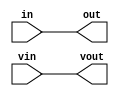
module f19_buffer(in, out, vin, vout);
input  in;
output out;
input [1:0] vin;
output [1:0] vout;
assign out = in;
assign vout = vin;
endmodule